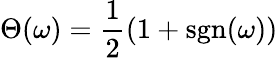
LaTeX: \Theta(\omega)=\frac{1}{2}(1+\operatorname{sgn}(\omega))